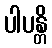
ပါပန္တိ